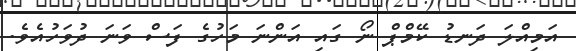
އަމިއްލަ ދަނޑު ކޭމްޕް ނޯ ގައި އަންނަ މަހުގެ ފަސް ވަނަ ދުވަހުއެވެ.